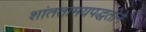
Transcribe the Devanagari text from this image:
शांततामयपद्धतीने